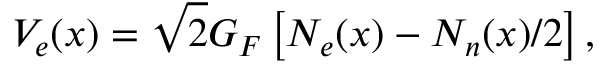
V _ { e } ( x ) = \sqrt { 2 } G _ { F } \left[ N _ { e } ( x ) - N _ { n } ( x ) / 2 \right] ,